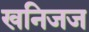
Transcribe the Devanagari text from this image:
खनिजज